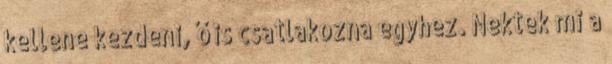
kellene kezdeni, ő is csatlakozna egyhez. Nektek mi a